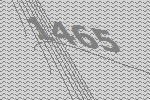
1465